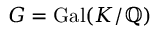
G = { \mathrm { G a l } } ( K / \mathbb { Q } )